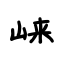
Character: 崃